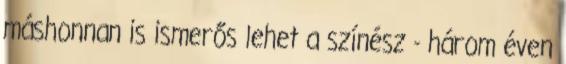
máshonnan is ismerős lehet a színész - három éven